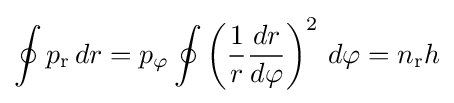
\oint p_{\mathrm {r} }\,dr=p_{\mathrm {\varphi } }\oint \left({\frac {1}{r}}{\frac {dr}{d\varphi }}\right)^{2}\,d\varphi =n_{\mathrm {r} }h